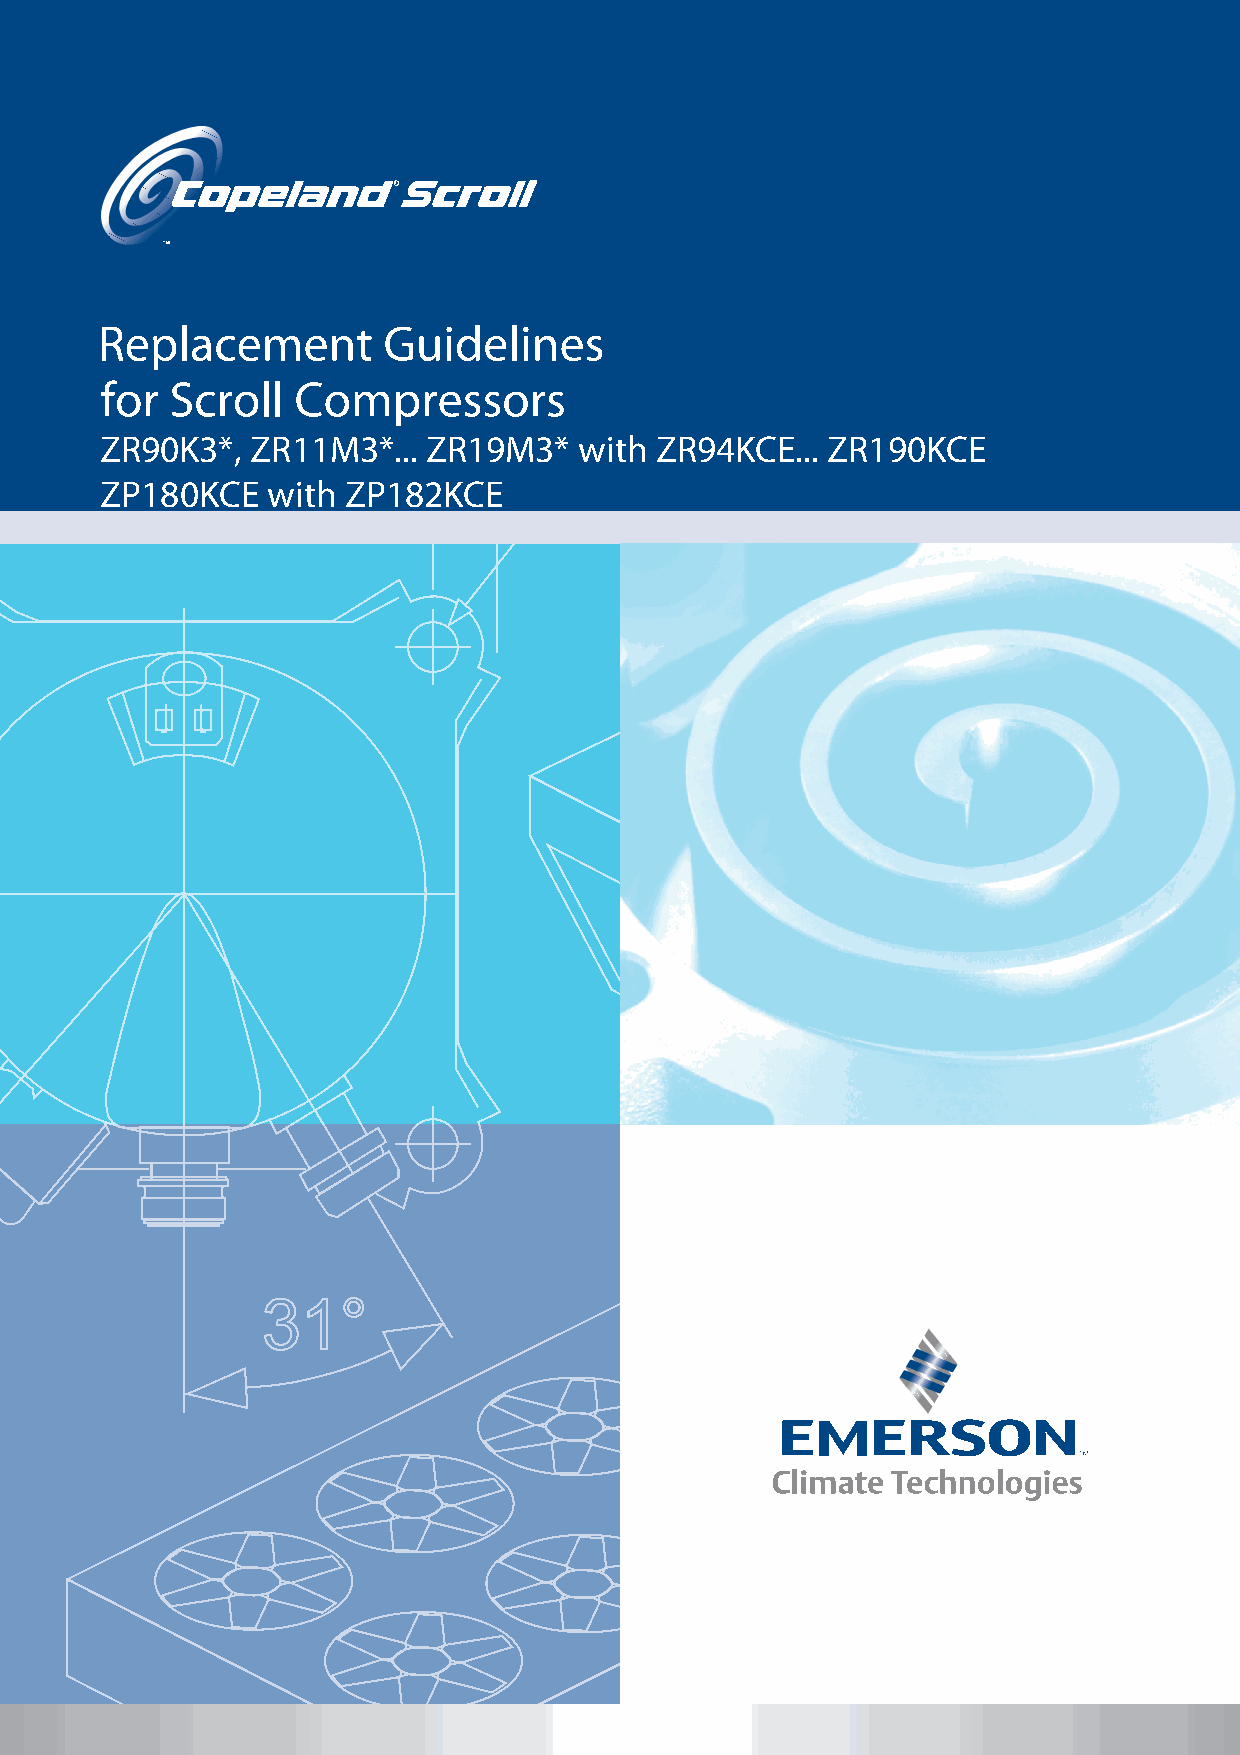
Replacement        Guidelines
 for Scroll  Compressors
 ZR90K3*,  ZR11M3*... ZR19M3*   with ZR94KCE...  ZR190KCE
 ZP180KCE   with ZP182KCE